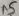
Text: A5